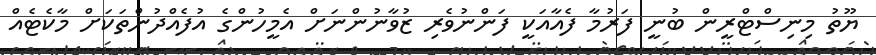
ޔޫތު މިނިސްޓްރީން ބުނީ ފަރުމާ ފެއާއަކީ ފަންނުވެރި ޒުވާނުންނަށް އެމީހުންގެ އުފެއްދުންތަކަށް މާކެޓެއް